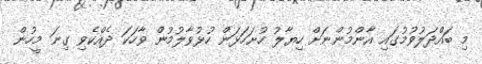
މި ބައްދަލުވުމުގައި އާންމުންނަށް ހިޔާލު ހުށަހަޅަން ހުޅުވާލުމުން ވާހަކަ ދެއްކެވި ގިނަ މީހުން